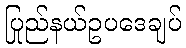
ပြည်နယ်ဥပဒေချုပ်